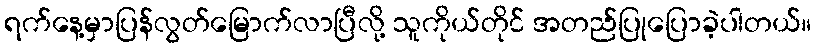
ရက်နေ့မှာပြန်လွတ်မြောက်လာပြီလို့ သူကိုယ်တိုင် အတည်ပြုပြောခဲ့ပါတယ်။